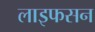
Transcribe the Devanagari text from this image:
लाइफसन